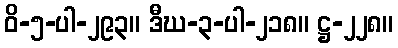
ဝိ-၅-ပါ-၂၉၃။ ဒီဃ-၃-ပါ-၂၁၈။ ဋ္ဌ-၂၂၈။